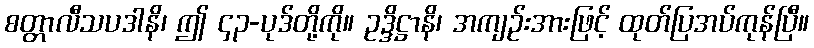
စတ္တာလီသပဒါနိ၊ ဤ ၄၃-ပုဒ်တို့ကို။ ဥဒ္ဒိဋ္ဌာနိ၊ အကျဉ်းအားဖြင့် ထုတ်ပြအပ်ကုန်ပြီ။